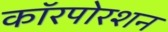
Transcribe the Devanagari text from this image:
कॉरपोरशन